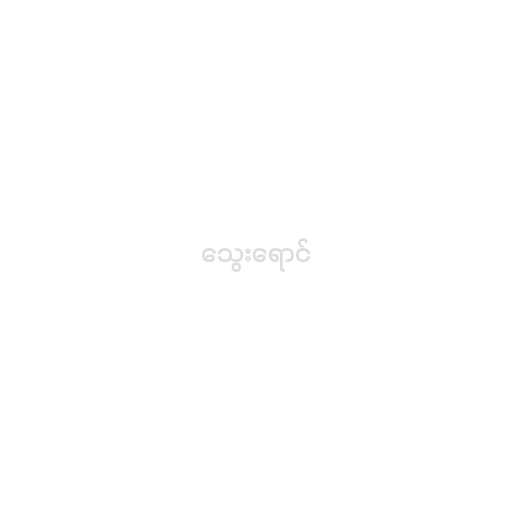
သွေးရောင်